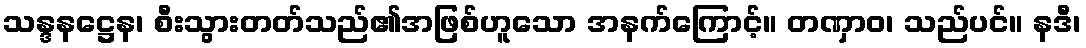
သန္ဒနဋ္ဌေန၊ စီးသွားတတ်သည်၏အဖြစ်ဟူသော အနက်ကြောင့်။ တဏှာဝ၊ သည်ပင်။ နဒီ၊